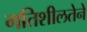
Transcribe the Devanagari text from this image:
गतिशीलतेने